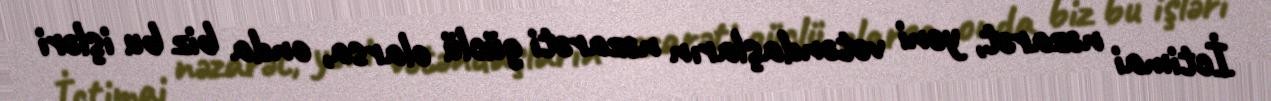
İctimai nəzarət, yəni vətəndaşların nəzarəti güclü olarsa, onda biz bu işləri